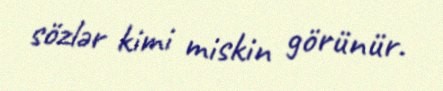
sözlər kimi miskin görünür.